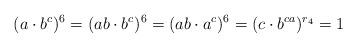
LaTeX: \begin{align*}(a\cdot b^c)^6 = (ab \cdot b^c)^6 = (ab \cdot a^c)^6 = (c \cdot b^{ca})^{r_4} = 1\end{align*}